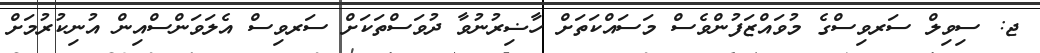
ޖ: ސިވިލް ސަރވިސްގެ މުވައްޒަފުންވެސް މަސައްކަތަށް ހާޟިރުނުވާ ދުވަސްތަކަށް ސަރވިސް އެލަވަންސްއިން އުނިކުރުމަށް